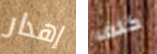
إهدار كلف